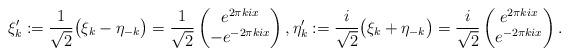
LaTeX: \begin{align*}\xi_k':=\frac{1}{\sqrt{2}}\big(\xi_k-\eta_{-k}\big)=\frac{1}{\sqrt{2}}\begin{pmatrix}e^{2\pi k i x}\\-e^{-2\pi k i x}\end{pmatrix},\eta_k':=\frac{i}{\sqrt{2}}\big(\xi_k+\eta_{-k}\big)= \frac{i}{\sqrt{2}}\begin{pmatrix}e^{2\pi k i x}\\e^{-2\pi k i x}\end{pmatrix}.\end{align*}